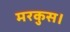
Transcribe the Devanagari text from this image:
मरकुस।